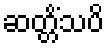
ဆတ္တိံသပိ